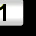
Digit: 1